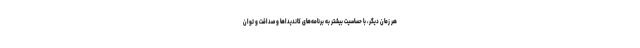
هر زمان دیگر، با حساسیت بیشتر به برنامه‌های کاندیداها و صداقت و توان